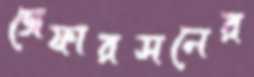
জেফারসনের